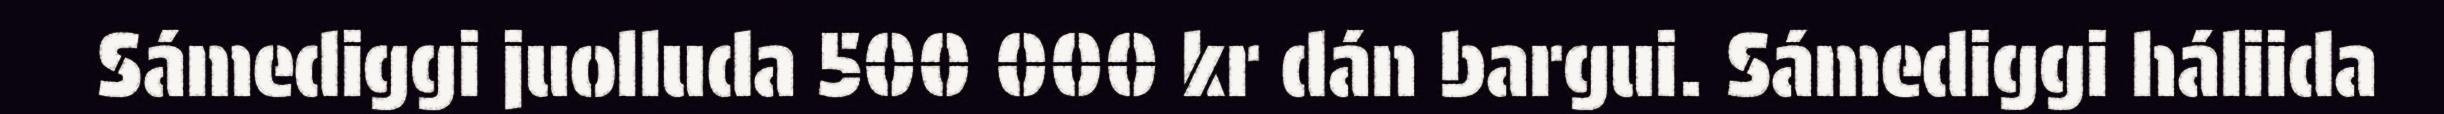
Sámediggi juolluda 500 000 kr dán bargui. Sámediggi háliida